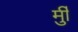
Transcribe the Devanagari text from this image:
र्मुी